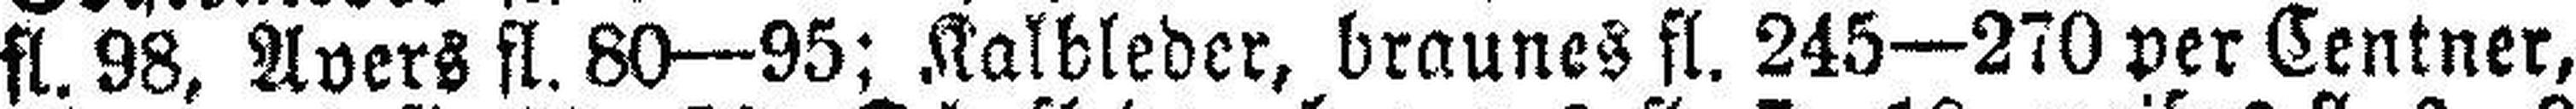
fl. 98, Avers fl. 80—95; Kalbleder, braunes fl. 245—270 per Centner,